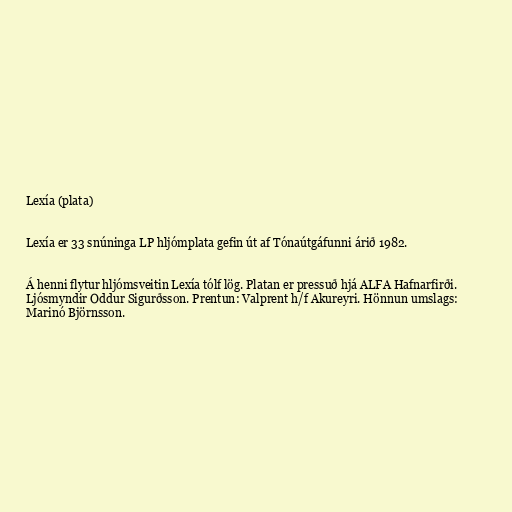
Lexía (plata)

Lexía er 33 snúninga LP hljómplata gefin út af Tónaútgáfunni árið 1982.

Á henni flytur hljómsveitin Lexía tólf lög. Platan er pressuð hjá ALFA Hafnarfirði.
Ljósmyndir Oddur Sigurðsson. Prentun: Valprent h/f Akureyri. Hönnun umslags:
Marinó Björnsson.